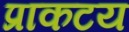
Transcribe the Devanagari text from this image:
प्राकटय